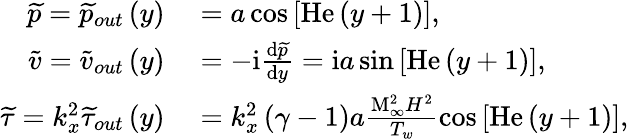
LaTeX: \begin{array}{rl}{\widetilde{p}=\widetilde{p}_{out}\left(y\right)}&{{}=a\cos{\left[\mathrm{He}\left(y+1\right)\right]},}\\ {\widetilde{v}=\widetilde{v}_{out}\left(y\right)}&{{}=-\mathrm{i}\frac{\mathrm{d}\widetilde{p}}{\mathrm{d}y}=\mathrm{i}a\sin{\left[\mathrm{He}\left(y+1\right)\right]},}\\ {\widetilde{\tau}=k_{x}^{2}\widetilde{\tau}_{out}\left(y\right)}&{{}=k_{x}^{2}\left(\gamma-1\right)a\frac{\mathrm{M}_{\infty}^{2}H^{2}}{T_{w}}\cos{\left[\mathrm{He}\left(y+1\right)\right]},}\end{array}